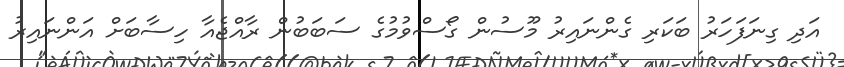
އަދި ގިނަފަހަރު ބަކަރި ގެންނައިރު މޫސުން ގޯސްވުމުގެ ސަބަބުން ރާއްޖެއާ ހިސާބަށް އަންނައިރު